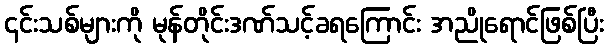
၎င်းသစ်များကို မုန်တိုင်းဒဏ်သင့်ခရကြောင်း အညိုရောင်ဖြစ်ပြီး